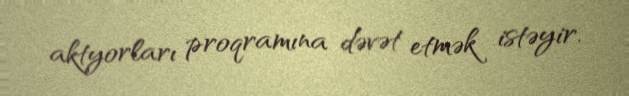
aktyorları proqramına dəvət etmək istəyir.